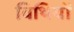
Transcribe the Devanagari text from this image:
विथियों